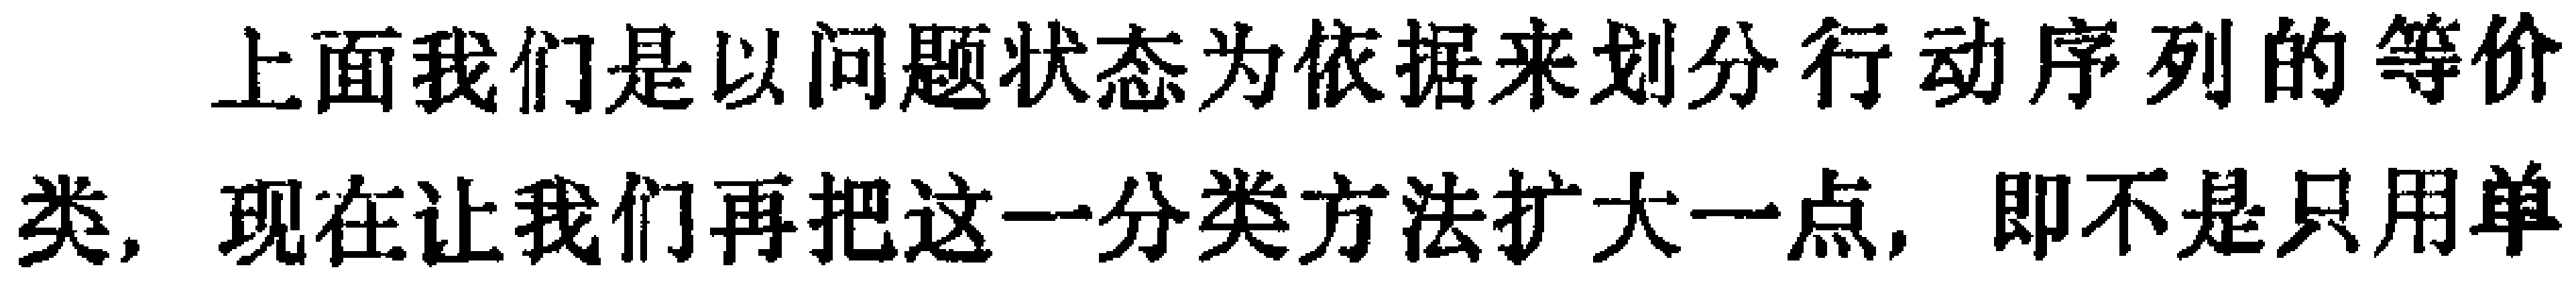
上面我们是以问题状态为依据来划分行动序列的等价类，现在让我们再把这一分类方法扩大一点，即不是只用单